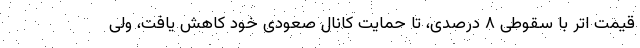
قیمت اتر با سقوطی ۸ درصدی، تا حمایت کانال صعودی خود کاهش یافت، ولی